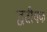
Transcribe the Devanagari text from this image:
द्वतीयक